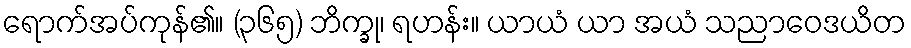
ရောက်အပ်ကုန်၏။ (၃၆၅) ဘိက္ခု၊ ရဟန်း။ ယာယံ ယာ အယံ သညာဝေဒယိတ